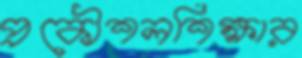
প্রকৌশলশিক্ষার